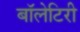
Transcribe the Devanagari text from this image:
बॉलेटिरी